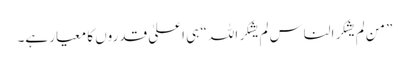
”من لم یشکر الناس لم یشکر اللہ“ ہی اعلیٰ قدروں کا معیار ہے۔